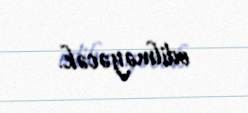
edilməyəcək.